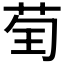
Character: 𦮱